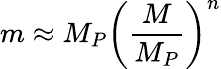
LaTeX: m\approx M_{P}\left(\frac{M}{M_{P}}\right)^{n}